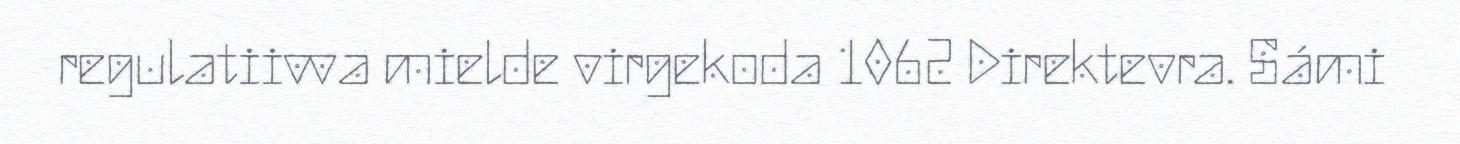
regulatiivva mielde virgekoda 1062 Direktevra. Sámi